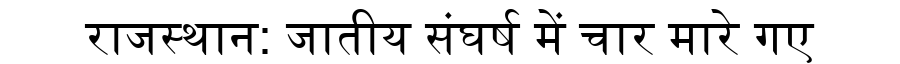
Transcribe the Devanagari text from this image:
राजस्थान: जातीय संघर्ष में चार मारे गए